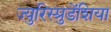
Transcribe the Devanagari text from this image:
ज्युरिस्प्रुडेंशिया